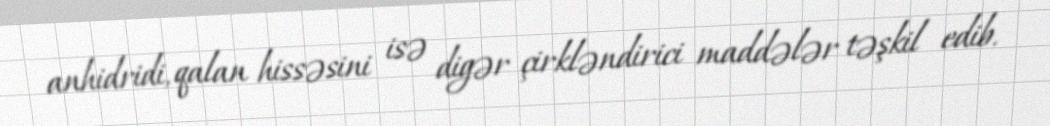
anhidridi, qalan hissəsini isə digər çirkləndirici maddələr təşkil edib.